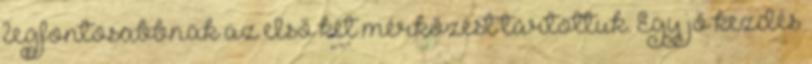
legfontosabbnak az első két mérkőzést tartottuk. Egy jó kezdés